Lunatic asylums United Provinces 1899-1908 - 1899-1908
Year: 1899
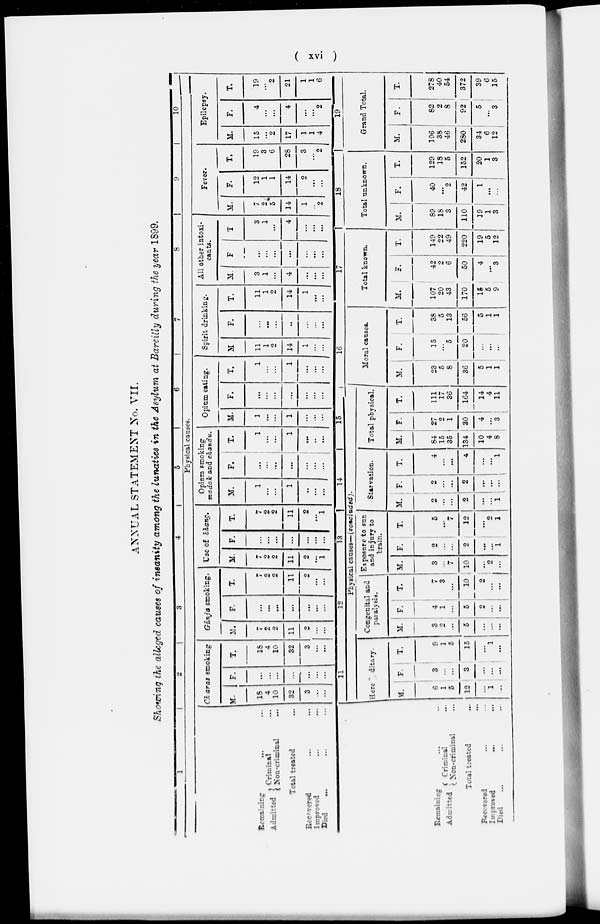
( xvi )
ANNUAL STATEMENT No. VII.
Showing the alleged causes of insanity among the lunatics in the Asylum at Bareilly during the year 1899.
1
2
3
4
5
6
7
8
9
10
Physical causes.
Remaining ... ...
Admitted
Criminal ...
Non-criminal ...
Total treated ...
Recovered ... ...
Improved ... ...
Died ... ...
Charas smoking
M.
18
4
10
32
3
...
...
F.
...
...
...
...
...
...
...
T.
18
4
10
32
3
...
...
Gánja smoking.
M.
7
2
2
11
2
...
...
F.
...
...
...
...
...
...
...
T.
7
2
2
11
2
...
...
Use of bhang.
M.
7
2
2
11
9
...
1
F.
...
...
...
...
...
...
T.
7
2
2
11
2
...
1
Opium smoking
medak and chandu.
M.
1
...
...
1
...
...
...
F.
...
...
...
...
...
...
...
T.
1
...
...
1
...
...
...
Opium eating.
M.
1
...
...
1
...
...
...
F.
...
...
...
...
...
...
...
T.
1
...
...
1
...
...
...
Spirit drinking.
M
11
1
2
14
1
...
...
F.
...
...
...
...
...
...
...
T.
11
1
2
14
1
...
...
All other intoxi-
cants.
M.
3
1
4
...
...
...
F.
...
...
...
...
...
...
...
T
3
1
...
4
...
...
...
Fever.
M.
7
2
5
14
1
...
2
F.
12
1
1
14
9
...
...
T.
19
3
6
28
3
...
2
Epilepsy.
M.
15
...
2
17
1
1
4
F.
4
...
...
4
...
...
2
T.
19
...
2
21
1
1
6
Remaining ... ...
Admitted
Criminal ...
Non-criminal ...
Total treated ...
Recovered ... ...
Improved
...
...
Died ... ... ...
11
12
13
14
15
Physical causes—(concluded).
Here
ditary.
M.
6
1
5
12
...
1
...
F.
3
...
...
3
...
...
...
T.
9
1
5
15
...
1
...
Congenital and
paralysis.
M.
3
2
...
5
...
...
...
F.
4
1
...
5
2
...
...
T.
7
3
...
10
2
...
...
Exposure to sun
and injury to
train.
M.
3
...
7
10
...
9
...
F.
2
...
...
2
...
...
1
T.
5
...
7
12
...
2
1
Starvation.
M.
2
...
...
2
...
...
1
F.
2
...
...
2
...
...
...
T.
4
...
...
4
...
...
1
Total physical.
M.
84
15
35
134
10
4
8
F.
27
2
1
30
4
...
3
T.
111
17
36
164
14
4
11
16
Moral causes.
M.
23
5
8
36
5
1
1
F.
15
...
5
20
...
...
...
T.
38
5
13
56
5
1
1
17
Total known.
M.
107
20
43
170
15
5
9
F.
42
2 6
50
4
...
3
T.
149
22
49
220
19
5
12
18
Total unknown.
M.
89
18
3
110
19
1
3
F.
40
...
2
42
1
...
...
T.
129
18
5
152
20
1
3
19
Grand Total.
M.
196
38
46
280
34
6
12
F.
82
2
8
92
5
...
3
T.
278
40
54
372
39
6
15